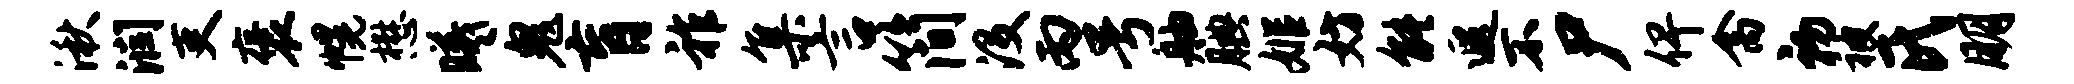
湫润吏褒幌懋曦鬼肓祚集言简没丙号舳腆姬妨能遐不尸俾禽初被氏朋